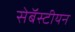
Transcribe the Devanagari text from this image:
सेबॅस्टीयन